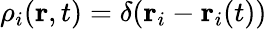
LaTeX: \rho_{i}(\textbf{r},t)=\delta(\textbf{r}_{i}-\textbf{r}_{i}(t))